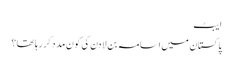
ایبٹ
پاکستان میں اسامہ بن لادن کی کون مدد کر رہا تھا؟